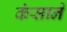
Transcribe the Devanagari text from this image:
कंसाने